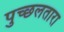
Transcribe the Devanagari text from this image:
पुच्छलतारा